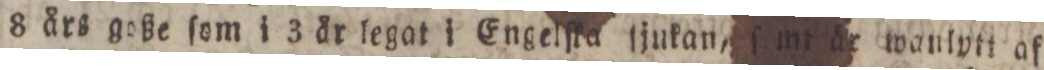
8 års goße ſom i 3 år legat i Engelſka ſjukan, ſ mt är wanlytt af